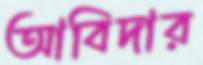
আবিদার